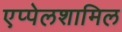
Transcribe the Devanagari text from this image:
एप्पेलशामिल